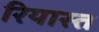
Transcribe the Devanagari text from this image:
रियास्त